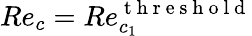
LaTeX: Re_{c}=Re_{c_{1}}^{\mathrm{~t~h~r~e~s~h~o~l~d~}}